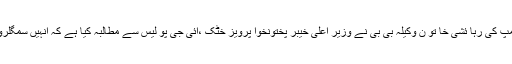
21 اپریل2018ء) حا جی کیمپ کی رہا ئشی خا تو ن وکیلہ بی بی نے وزیر اعلیٰ خیبر پختونخوا پرویز خٹک ،آئی جی پو لیس سے مطالبہ کیا ہے کہ انہیں سمگلروں سے تحفظ فراہم کیا جائے ۔